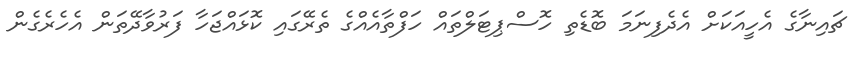
ޗައިނާގެ އެހީއަކަށް އެދެފިނަމަ ބޮޑެތި ހޮސްޕިޓަލްތައް ހަފްތާއެއްގެ ތެރޭގައި ކޮޅައްޖަހާ ފަރުވާދޭތަން އެހެރެގެން